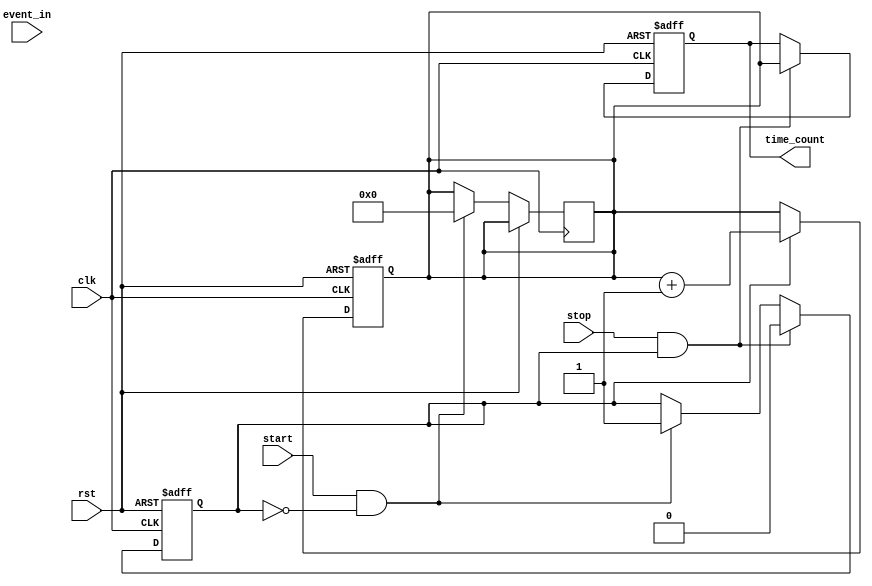
module TDC (
    input wire clk,                // High-frequency clock from PLL
    input wire rst,                // Reset signal
    input wire start,              // Start signal for measuring time
    input wire stop,               // Stop signal for measuring time
    input wire event_in,           // Input event signal
    output reg [31:0] time_count   // Output time count in digital form
);

    reg [31:0] counter;            // Main time counter
    reg started;                   // Whether time measurement has started
    reg [31:0] sample_value;       // Sampled value from the delay line
    reg last_event_in;             // Previous state of the event signal

    // A simple delay line simulation (for demonstration)
    wire delay_line_output = event_in; // In a real design, this would be a delayed version of the input signal

    // Main counter logic
    always @(posedge clk or posedge rst) begin
        if (rst) begin
            counter <= 32'b0;
        end else if (started) begin
            counter <= counter + 1;
        end
    end

    // Event detection and sampling logic
    always @(posedge clk or posedge rst) begin
        if (rst) begin
            started <= 1'b0;
            time_count <= 32'b0;
            sample_value <= 32'b0;
            last_event_in <= 1'b0;
        end else begin
            // Detect start event
            if (start && !started) begin
                // Reset count
                counter <= 32'b0;
                started <= 1'b1;
            end
            
            // Detect stop event
            if (stop && started) begin
                time_count <= counter; // Sample the time count
                started <= 1'b0;       // Stop measurement
            end
            
            // Detect rising edge of the input event
            if (event_in && !last_event_in) begin
                sample_value <= counter; // Sample at rising edge
            end
            
            // Store last event input state
            last_event_in <= event_in;
        end
    end

endmodule